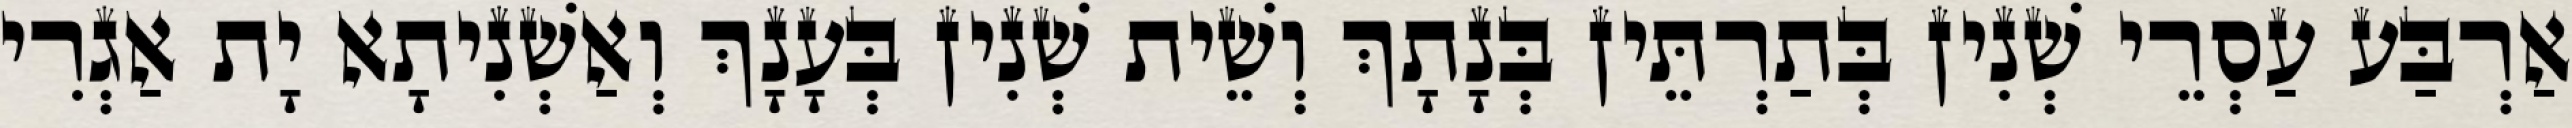
אַרְבַּע עַסְרֵי שְׁנִין בְּתַרְתֵּין בְּנָתָךְ וְשֵׁית שְׁנִין בְּעָנָךְ וְאַשְׁנִיתָא יָת אַגְרִי